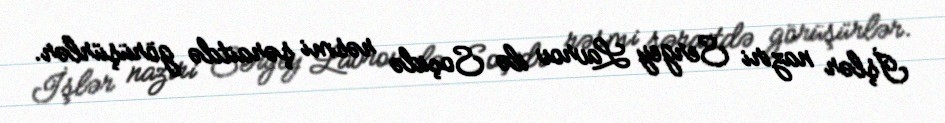
İşlər naziri Sergey Lavrov ilə Soçidə rəsmi şəraitdə görüşürlər.